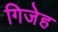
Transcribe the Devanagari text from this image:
गिजेह